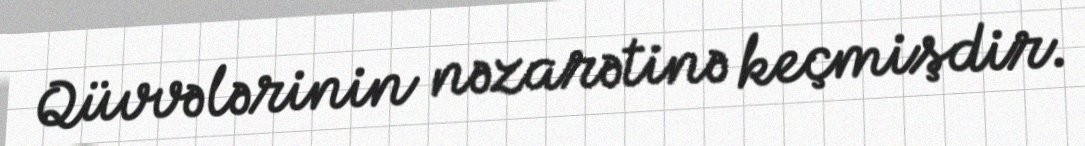
Qüvvələrinin nəzarətinə keçmişdir.